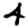
Digit: 4